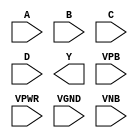
module sky130_fd_sc_hd__nand4 (
    //# {{data|Data Signals}}
    input  A   ,
    input  B   ,
    input  C   ,
    input  D   ,
    output Y   ,

    //# {{power|Power}}
    input  VPB ,
    input  VPWR,
    input  VGND,
    input  VNB
);
endmodule